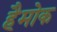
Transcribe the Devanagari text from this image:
हैमोक